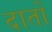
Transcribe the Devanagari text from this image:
दार्तो